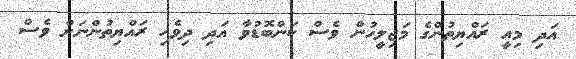
އަދި މިއީ ރައްޔިތުންގެ މަޖިލީހުން ވެސް ކަންބޮޑުވާ އަދި ދިވެހި ރައްޔިތުންނަށް ވެސް